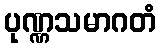
ပုဏ္ဏသမာဂတံ